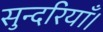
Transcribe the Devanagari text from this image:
सुन्दरियाँ।